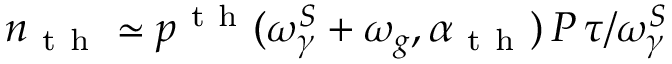
n _ { \mathrm { ~ t ~ h ~ } } \simeq p ^ { \mathrm { ~ t ~ h ~ } } ( \omega _ { \gamma } ^ { S } + \omega _ { g } , \alpha _ { \mathrm { ~ t ~ h ~ } } ) \, P \, \tau / \omega _ { \gamma } ^ { S }